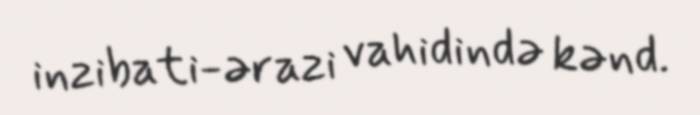
inzibati-ərazi vahidində kənd.